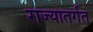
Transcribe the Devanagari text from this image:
राज्यातर्गत